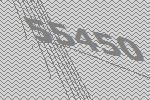
55450